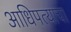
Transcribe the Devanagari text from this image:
आधिपत्याचा